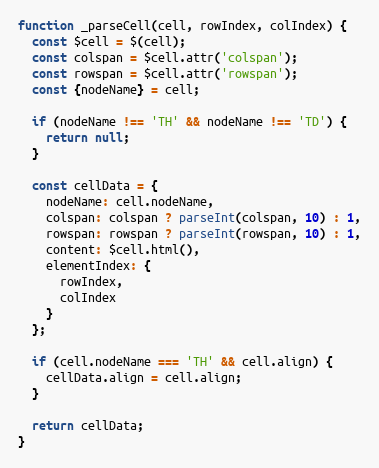
Language: JavaScript
function _parseCell(cell, rowIndex, colIndex) {
  const $cell = $(cell);
  const colspan = $cell.attr('colspan');
  const rowspan = $cell.attr('rowspan');
  const {nodeName} = cell;

  if (nodeName !== 'TH' && nodeName !== 'TD') {
    return null;
  }

  const cellData = {
    nodeName: cell.nodeName,
    colspan: colspan ? parseInt(colspan, 10) : 1,
    rowspan: rowspan ? parseInt(rowspan, 10) : 1,
    content: $cell.html(),
    elementIndex: {
      rowIndex,
      colIndex
    }
  };

  if (cell.nodeName === 'TH' && cell.align) {
    cellData.align = cell.align;
  }

  return cellData;
}